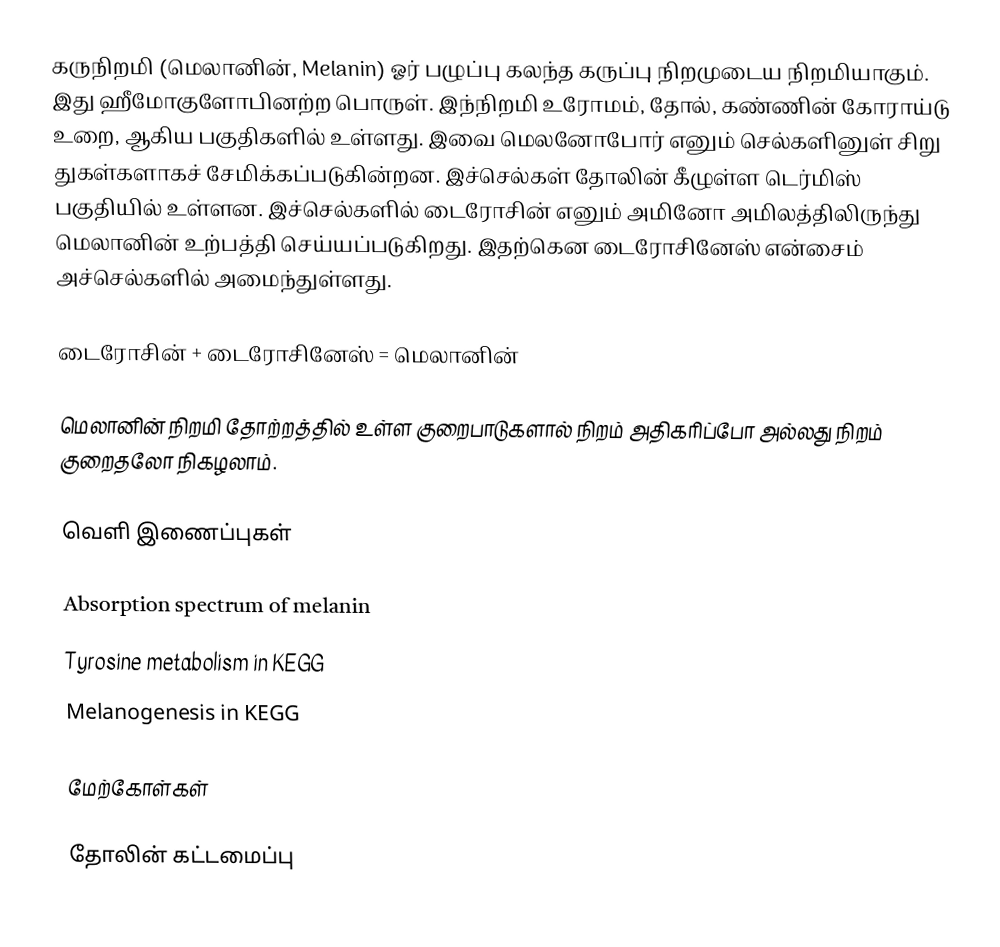
கருநிறமி (மெலானின், Melanin) ஓர் பழுப்பு கலந்த கருப்பு நிறமுடைய நிறமியாகும். இது ஹீமோகுளோபினற்ற பொருள். இந்நிறமி உரோமம், தோல், கண்ணின் கோராய்டு உறை, ஆகிய பகுதிகளில் உள்ளது. இவை மெலனோபோர் எனும் செல்களினுள் சிறு துகள்களாகச் சேமிக்கப்படுகின்றன. இச்செல்கள் தோலின் கீழுள்ள டெர்மிஸ் பகுதியில் உள்ளன. இச்செல்களில் டைரோசின் எனும் அமினோ அமிலத்திலிருந்து மெலானின் உற்பத்தி செய்யப்படுகிறது. இதற்கென டைரோசினேஸ் என்சைம் அச்செல்களில் அமைந்துள்ளது.

டைரோசின் + டைரோசினேஸ் = மெலானின்

மெலானின் நிறமி தோற்றத்தில் உள்ள குறைபாடுகளால் நிறம் அதிகரிப்போ அல்லது நிறம் குறைதலோ நிகழலாம்.

வெளி இணைப்புகள்

Absorption spectrum of melanin
Tyrosine metabolism in KEGG
Melanogenesis in KEGG

மேற்கோள்கள்

தோலின் கட்டமைப்பு